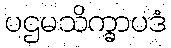
ပဌမသိက္ခာပဒံ